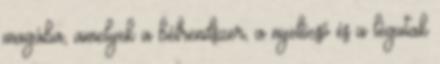
magába, amelyek a bélrendszer, a nyelőcső és a légutak